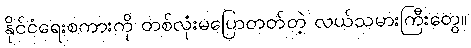
နိုင်ငံရေးစကားကို တစ်လုံးမပြောတတ်တဲ့ လယ်သမားကြီးတွေ။